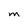
Character: M